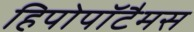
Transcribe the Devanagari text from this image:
हिपोपॉटैमस